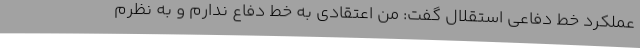
عملکرد خط دفاعی استقلال گفت: من اعتقادی به خط دفاع ندارم و به نظرم